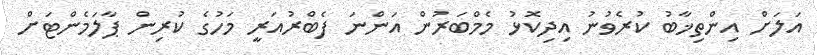
އަލަށް އިންތިޚާބު ކުރެވުނު އިދިކޮޅު މެމްބަރުން އަންނަ ފެބްރުއަރީ މަހުގެ ކުރިން ޕާލަމެންޓަށް